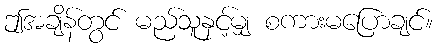
ဤအချိန်တွင် မည်သူနှင့်မျှ စကားမပြောချင်။